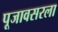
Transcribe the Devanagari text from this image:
पूजावसरला